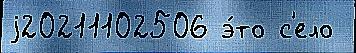
j20211102506 э́то с'ело